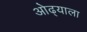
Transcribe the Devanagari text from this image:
ओढ्याला